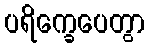
ပရိက္ခေပေတွာ